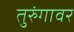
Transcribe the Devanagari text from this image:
तुरुंगावर